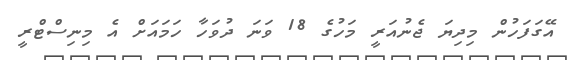
އޭގަފަހުން މިދިޔަ ޖެނުއަރީ މަހުގެ 18 ވަނަ ދުވަހާ ހަމައަށް އެ މިނިސްޓްރީ